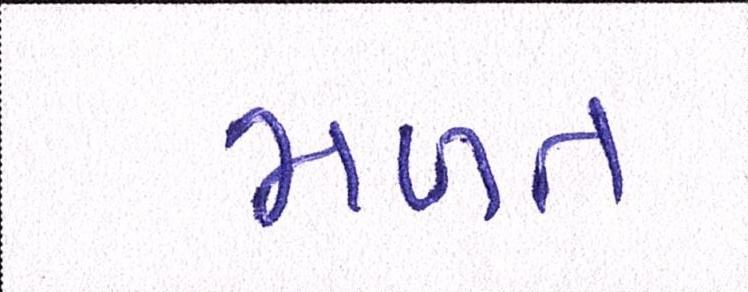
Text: મળત